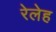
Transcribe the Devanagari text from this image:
रेलेह